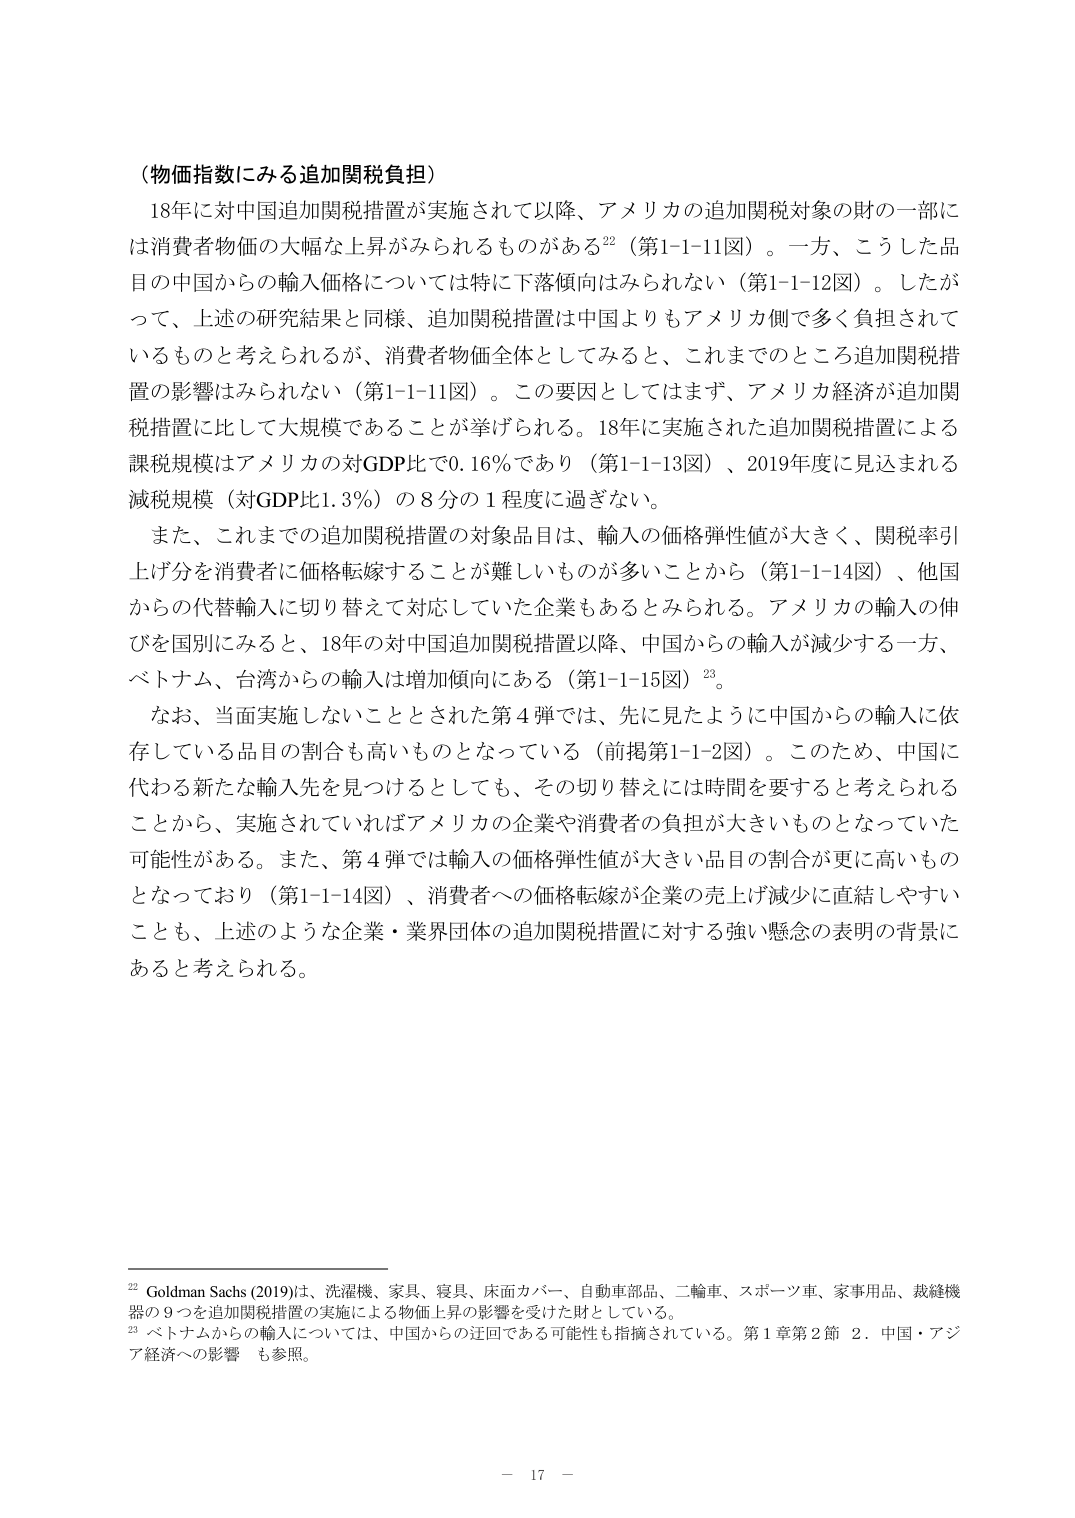
（物価指数にみる追加関税負担）

18年に対中国追加関税措置が実施されて以降、アメリカの追加関税対象の財の一部には消費者物価の大幅な上昇がみられるものがある²²（第1-1-11図）。一方、こうした品目の中国からの輸入価格については特に下落傾向はみられない（第1-1-12図）。したがって、上述の研究結果と同様、追加関税措置は中国よりもアメリカ側で多く負担されているものと考えられるが、消費者物価全体としてみると、これまでのところ追加関税措置の影響はみられない（第1-1-11図）。この要因としてはまず、アメリカ経済が追加関税措置に比して大規模であることが挙げられる。18年に実施された追加関税措置による課税規模はアメリカの対GDP比で0.16％であり（第1-1-13図）、2019年度に見込まれる減税規模（対GDP比1.3％）の8分の1程度に過ぎない。

また、これまでの追加関税措置の対象品目は、輸入の価格弾性値が大きく、関税率引上げ分を消費者に価格転嫁することが難しいものが多いことから（第1-1-14図）、他国からの代替輸入に切り替えて対応していた企業もあるとみられる。アメリカの輸入の伸びを国別にみると、18年の対中国追加関税措置以降、中国からの輸入が減少する一方、ベトナム、台湾からの輸入は増加傾向にある（第1-1-15図）²³。

なお、当面実施しないこととされた第4弾では、先に見たように中国からの輸入に依存している品目の割合も高いものとなっている（前掲第1-1-2図）。このため、中国に代わる新たな輸入先を見つけるとしても、その切り替えには時間を要すると考えられることから、実施されていればアメリカの企業や消費者の負担が大きいものとなっていた可能性がある。また、第4弾では輸入の価格弾性値が大きい品目の割合が更に高いものとなっており（第1-1-14図）、消費者への価格転嫁が企業の売上げ減少に直結しやすいことも、上述のような企業・業界団体の追加関税措置に対する強い懸念の表明の背景にあると考えられる。

²² Goldman Sachs (2019)は、洗濯機、家具、寝具、床面カバー、自動車部品、二輪車、スポーツ車、家事用品、裁縫機器の9つを追加関税措置の実施による物価上昇の影響を受けた財としている。

²³ ベトナムからの輸入については、中国からの迂回である可能性も指摘されている。第1章第2節 2．中国・アジア経済への影響 も参照。

－ 17 －